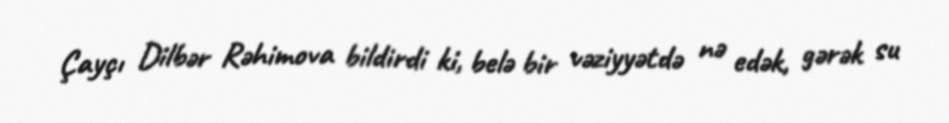
Çayçı Dilbər Rəhimova bildirdi ki, belə bir vəziyyətdə nə edək, gərək su